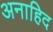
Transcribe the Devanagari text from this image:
अनाहिद